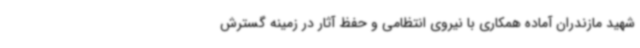
شهید مازندران آماده همکاری با نیروی انتظامی و حفظ آثار در زمینه گسترش